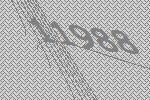
11988